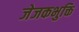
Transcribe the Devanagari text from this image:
जेजकभुक्ति